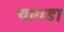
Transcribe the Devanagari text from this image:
चांगडा